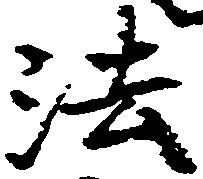
法